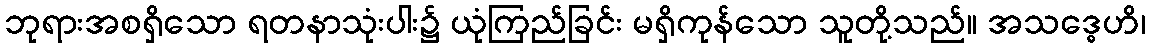
ဘုရားအစရှိသော ရတနာသုံးပါး၌ ယုံကြည်ခြင်း မရှိကုန်သော သူတို့သည်။ အသဒ္ဓေဟိ၊